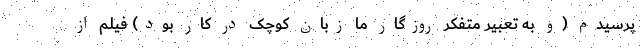
‌پرسیدم (و به تعبیر متفکر روزگار ما زبانِ کوچک در کار بود) فیلم از